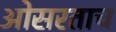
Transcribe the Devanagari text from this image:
ओसरताच